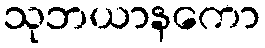
သုဘယာနကော